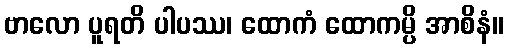
ဗာလော ပူရတိ ပါပဿ၊ ထောကံ ထောကမ္ပိ အာစိနံ။